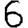
Digit: 6